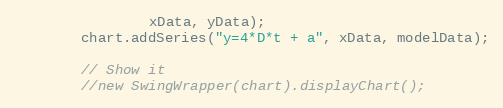
Language: Java
				xData, yData);
		chart.addSeries("y=4*D*t + a", xData, modelData);

		// Show it
		//new SwingWrapper(chart).displayChart();